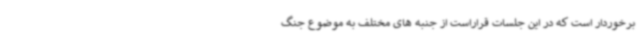
برخوردار است که در این جلسات قراراست از جنبه های مختلف به موضوع جنگ